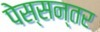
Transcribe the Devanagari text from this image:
पेस्सन्तर